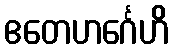
ဧတေဟင်္ဂေဟိ